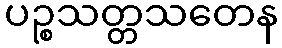
ပဉ္စသတ္တသတေန